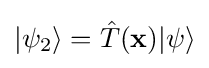
|\psi _{2}\rangle ={\hat {T}}(\mathbf {x} )|\psi \rangle